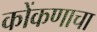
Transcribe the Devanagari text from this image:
कोंकणाचा